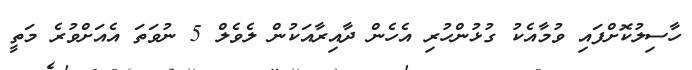
ހާސިލުކޮށްފައި ވުމާއެކު ގުޅުންހުރި އެހެން ދާއިރާއަކުން ލެވެލް 5 ނުވަތަ އެއަށްވުރެ މަތީ